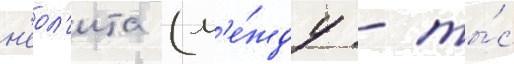
н'еол'ита (м'е́жду - ты́с